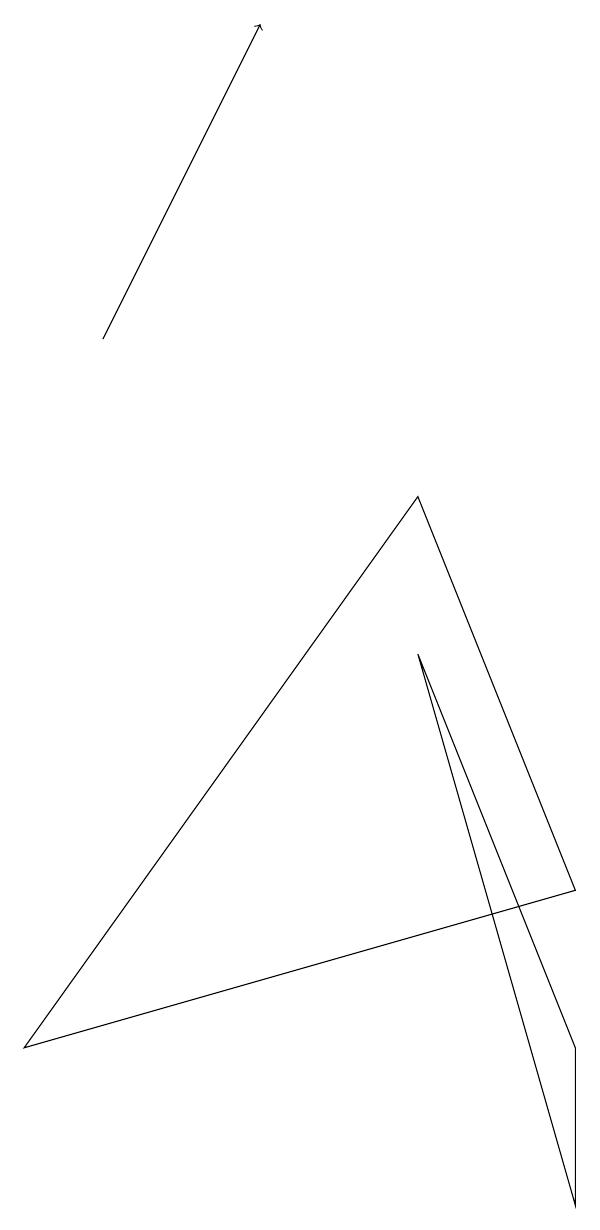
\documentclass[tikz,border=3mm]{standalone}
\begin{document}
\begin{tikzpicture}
\draw[->] (1,11) -- (3,15);
\draw (7,4) -- (0,2) -- (5,9) -- cycle;
\draw (7,2) -- (5,7) -- (7,0) -- cycle;
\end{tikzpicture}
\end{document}